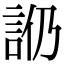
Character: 𧥰